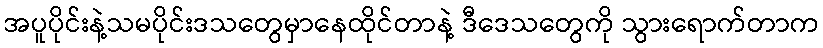
အပူပိုင်းနဲ့သမပိုင်းဒသတွေမှာနေထိုင်တာနဲ့ ဒီဒေသတွေကို သွားရောက်တာက